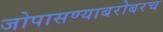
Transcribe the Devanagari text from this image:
जोपासण्याबरोबरच